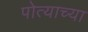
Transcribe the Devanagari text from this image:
पोत्याच्या